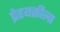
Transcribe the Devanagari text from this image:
प्रेरयसीला